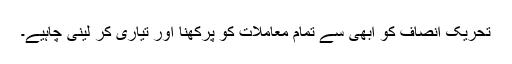
تحریک انصاف کو ابھی سے تمام معاملات کو پرکھنا اور تیاری کر لینی چاہیے۔